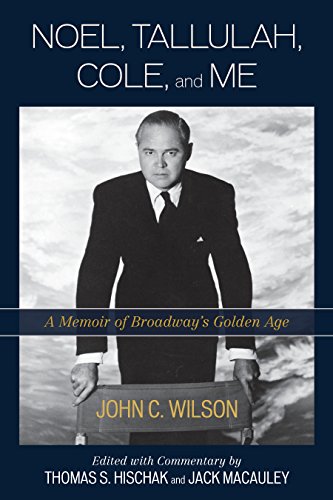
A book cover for Noel, Tallulah, Cole, and Me: A Memoir of Broadway's Golden Age; John C. Wilson; Biographies & Memoirs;